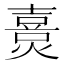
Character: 𤏴